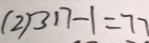
( 2 ) 3 1 7 - 1 = 7 7